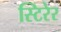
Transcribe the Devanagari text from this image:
स्टिरेर